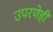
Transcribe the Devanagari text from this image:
उपरणेही